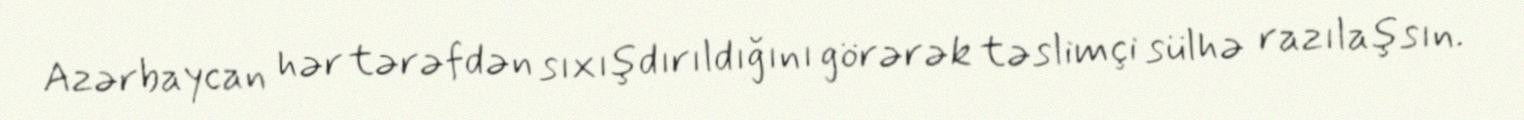
Azərbaycan hər tərəfdən sıxışdırıldığını görərək təslimçi sülhə razılaşsın.